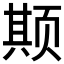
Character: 𬱦